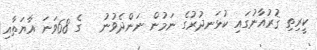
ކީރިތި ޤުރުއާނުގައި ކުޅަނދުރުގެ ނަމުން ނަންދެވުނު   ގެ 68ވަނަ އާޔަތާއި